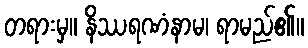
တရားမှ။ နိဿရဏံနာမ၊ ရာမည်၏။